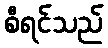
စီရင်သည်